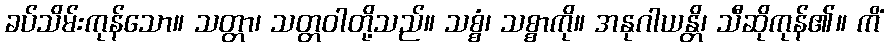
ခပ်သိမ်းကုန်သော။ သတ္တာ၊ သတ္တဝါတို့သည်။ သစ္စံ၊ သစ္စာကို။ အနုဂါယန္တိ၊ သီဆိုကုန်၏။ ကိံ